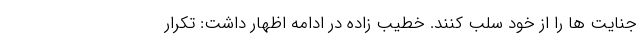
جنایت ها را از خود سلب کنند. خطیب زاده در ادامه اظهار داشت: تکرار